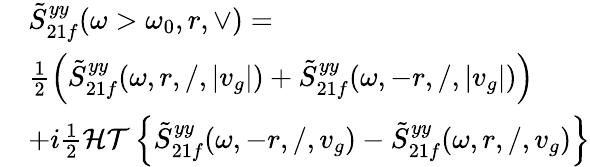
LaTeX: \begin{array}{rl}&{\tilde{S}_{21f}^{yy}(\omega>\omega_{0},r,\vee)=}\\ &{\frac{1}{2}\Big(\tilde{S}_{21f}^{yy}(\omega,r,/,|v_{g}|)+\tilde{S}_{21f}^{yy}(\omega,-r,/,|v_{g}|)\Big)}\\ &{+i\frac{1}{2}\mathcal{HT}\left\{ \tilde{S}_{21f}^{yy}(\omega,-r,/,v_{g})-\tilde{S}_{21f}^{yy}(\omega,r,/,v_{g})\right\} }\end{array}